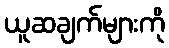
ယူဆချက်များကို